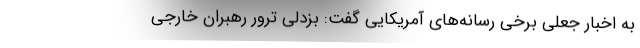
به اخبار جعلی برخی رسانه‌های آمریکایی گفت: بزدلی ترور رهبران خارجی